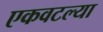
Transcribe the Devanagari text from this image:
एकवटल्या